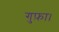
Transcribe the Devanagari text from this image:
गुफ़ा।